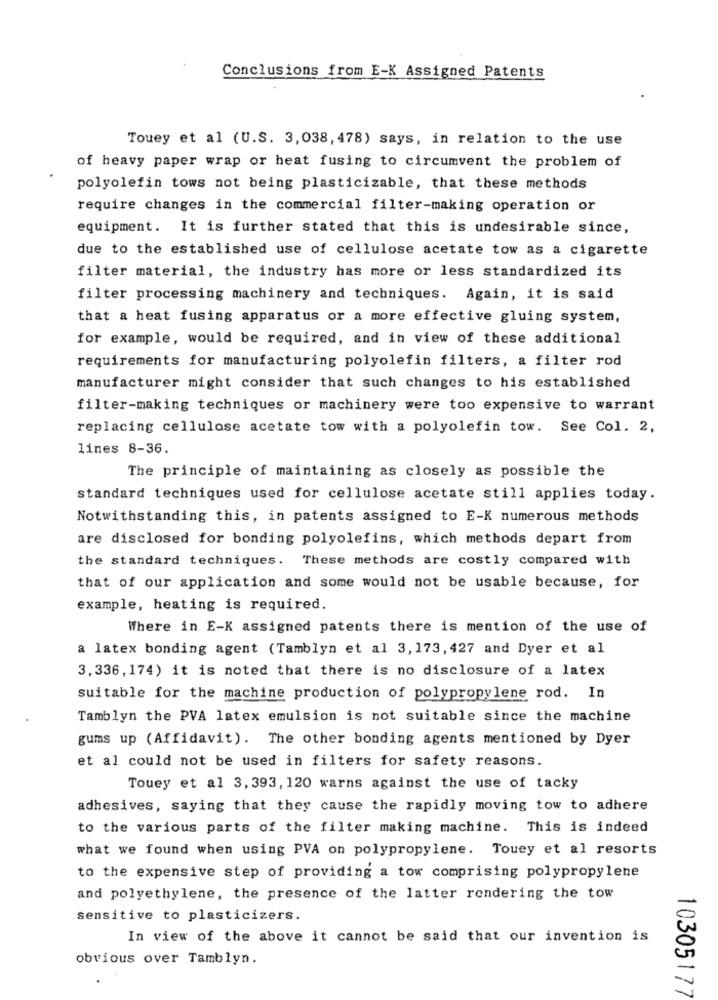
Conclusions from E-K Assigned Patents
Touey et al (U.S. 3,038, 478) says, in relation to the use
of heavy paper wrap or heat fusing to circumvent the problem of
polyolefin tows not being plasticizable, that these methods
require changes in the commercial filter-making operation or
equipment. It is further stated that this is undesirable since,
due to the established use of cellulose acetate tow as a cigarette
filter material, the industry has more or less standardized its
filter processing machinery and techniques. Again, it is said
that a heat fusing apparatus or a more effective gluing system,
for example, would be required, and in view of these additional
requirements for manufacturing polyolefin filters, a filter rod
manufacturer might consider that such changes to his established
filter-making techniques or machinery were too expensive to warrant
replacing cellulose acetate tow with a polyolefin tow. See Col. 2,
lines 8-36.
The principle of maintaining as closely as possible the
standard techniques used for cellulose acetate still applies today.
Notwithstanding this, in patents assigned to E-K numerous methods
are disclosed for bonding polyolefins, which methods depart from
the standard techniques. These methods are costly compared with
that of our application and some would not be usable because, for
example, heating is required.
Where in E-K assigned patents there is mention of the use of
a latex bonding agent (Tamblyn et al 3,173, 427 and Dyer et al
3,336, 174) it is noted that there is no disclosure of a latex
suitable for the machine production of polypropylene rod. In
Tamblyn the PVA latex emulsion is not suitable since the machine
gums up (Affidavit). The other bonding agents mentioned by Dyer
et al could not be used in filters for safety reasons.
Touey et al 3, 393, 120 warns against the use of tacky
adhesives, saying that they cause the rapidly moving tow to adhere
to the various parts of the filter making machine. This is indeed
what we found when using PVA on polypropylene. Touey et al resorts
to the expensive step of providing a tow comprising polypropylene
and polyethylene, the presence of the latter rendering the tow
sensitive to plasticizers.
In view of the above it cannot be said that our invention is
obvious over Tamblyn.
10305177